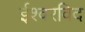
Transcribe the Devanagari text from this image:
ईश्वरविद